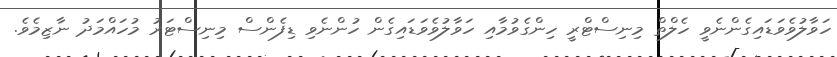
ހަވާލުވެވަޑައިގެންނެވީ ހެލްތް މިނިސްޓްރީ ހިންގެވުމާއި ހަވާލުވެވަޑައިގެން ހުންނެވި ޑިފެންސް މިނިސްޓަރު މުހައްމަދު ނާޒިމެވެ.